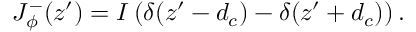
J _ { \phi } ^ { - } ( z ^ { \prime } ) = I \left( \delta ( z ^ { \prime } - d _ { c } ) - \delta ( z ^ { \prime } + d _ { c } ) \right) .